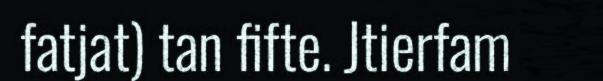
fatjat) tan fifte. Jtierfam